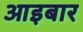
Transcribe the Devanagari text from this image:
आइबार